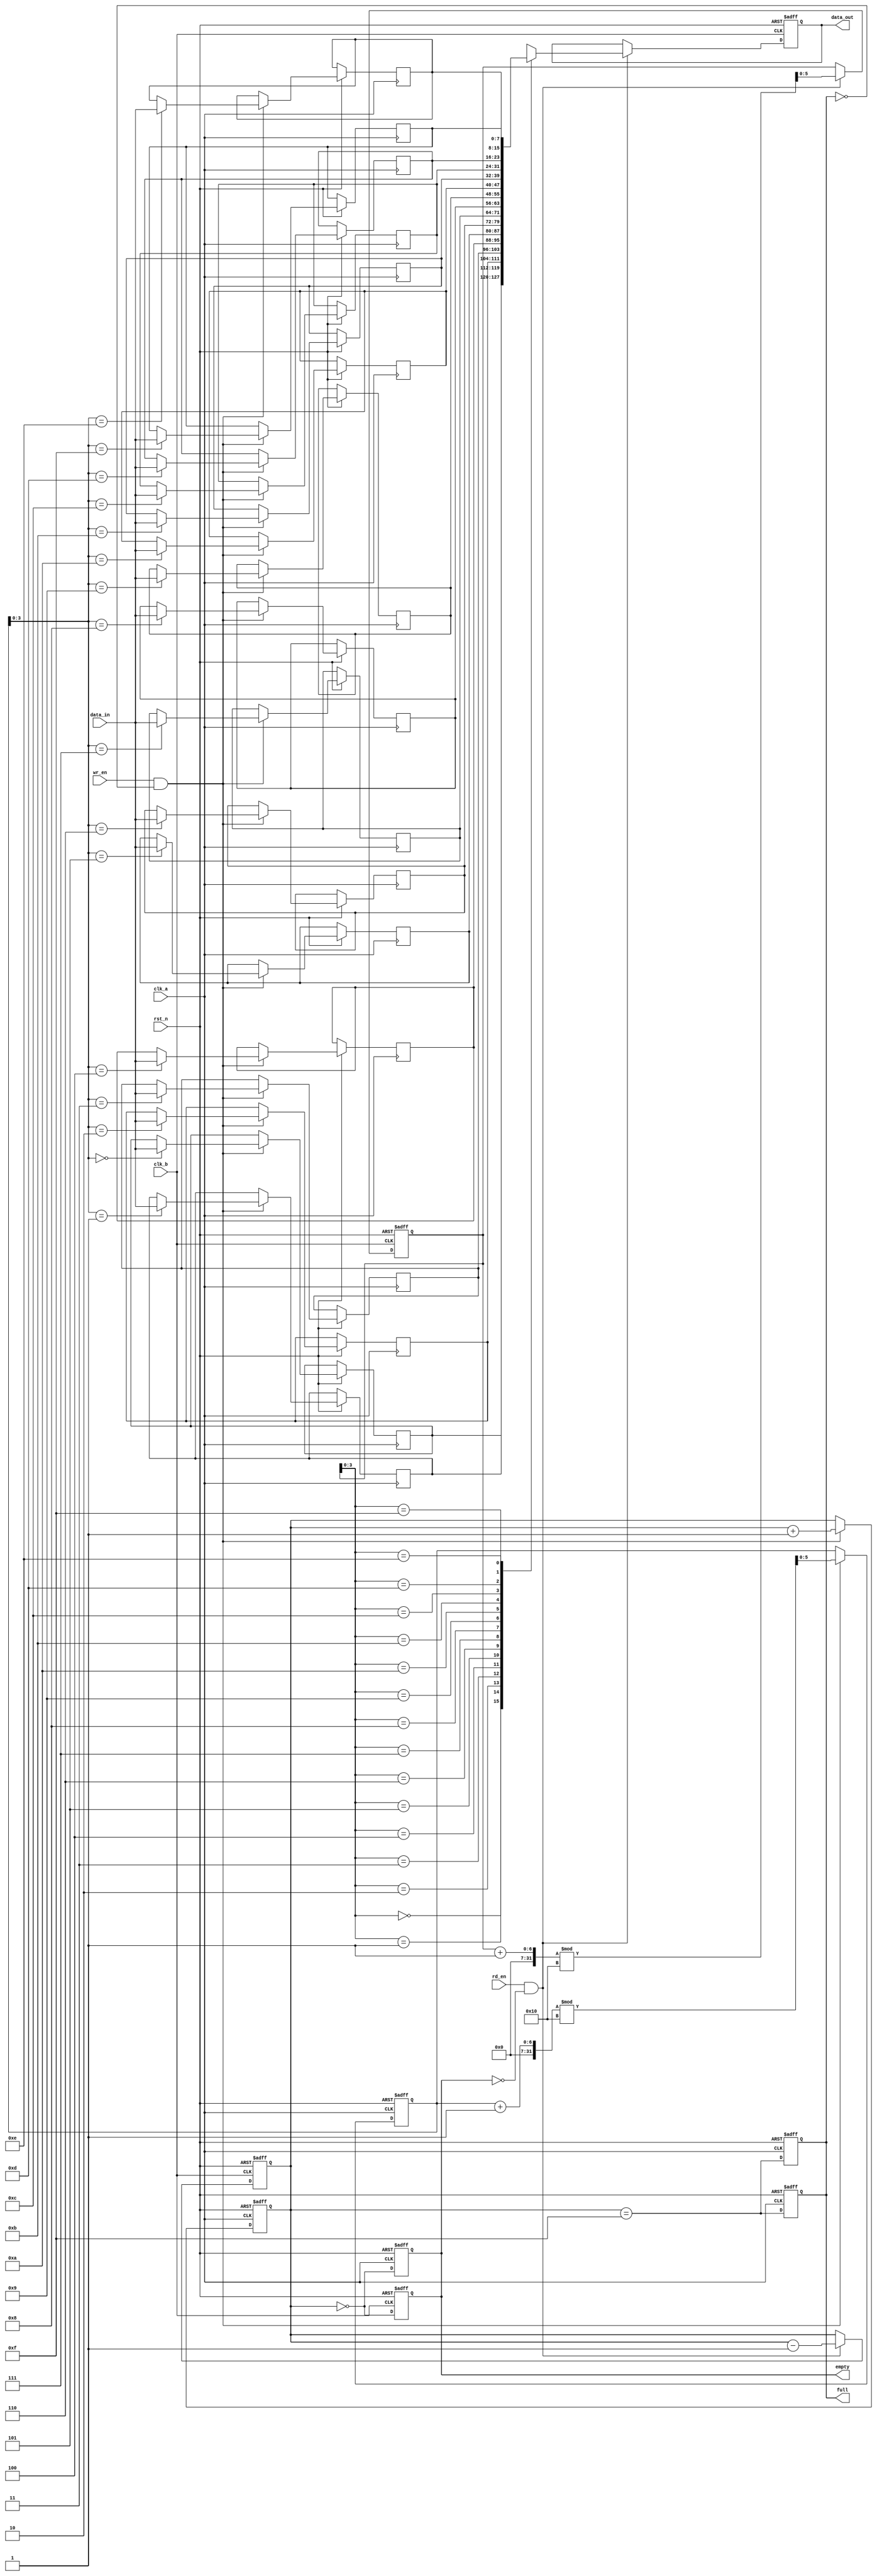
module fifo_synchronizer #(
    parameter DATA_WIDTH = 8,
    parameter FIFO_DEPTH = 16
)(
    input wire clk_a,           // Source clock
    input wire clk_b,           // Destination clock
    input wire rst_n,           // Active low reset
    input wire wr_en,           // Write enable
    input wire rd_en,           // Read enable
    input wire [DATA_WIDTH-1:0] data_in,  // Data input
    output reg [DATA_WIDTH-1:0] data_out,  // Data output
    output reg full,            // FIFO full flag
    output reg empty            // FIFO empty flag
);

    // FIFO memory
    reg [DATA_WIDTH-1:0] fifo_mem [0:FIFO_DEPTH-1];
    reg [5:0] wr_ptr;          // Write pointer
    reg [5:0] rd_ptr;          // Read pointer
    reg [5:0] count;           // Element count in FIFO

    // Reset logic and FIFO initialization
    always @(posedge clk_a or negedge rst_n) begin
        if (!rst_n) begin
            wr_ptr <= 0;
            count <= 0;
            full <= 0;
        end else begin
            if (wr_en && !full) begin
                fifo_mem[wr_ptr] <= data_in;
                wr_ptr <= (wr_ptr + 1) % FIFO_DEPTH;
                count <= count + 1;
            end
            full <= (count == FIFO_DEPTH - 1);
        end
    end

    // FIFO read logic
    always @(posedge clk_b or negedge rst_n) begin
        if (!rst_n) begin
            rd_ptr <= 0;
            count <= 0;
            empty <= 1;
            data_out <= 0;
        end else begin
            if (rd_en && !empty) begin
                data_out <= fifo_mem[rd_ptr];
                rd_ptr <= (rd_ptr + 1) % FIFO_DEPTH;
                count <= count - 1;
            end
            empty <= (count == 0);
        end
    end

    // Update empty and full flags
    always @(posedge clk_a or negedge rst_n) begin
        if (!rst_n) begin
            empty <= 1;
            full <= 0;
        end else begin
            empty <= (count == 0);
            full <= (count == FIFO_DEPTH - 1);
        end
    end

endmodule